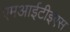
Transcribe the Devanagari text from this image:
एमआईटीइएस